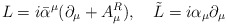
\begin{align*}L = i \bar{\alpha}^{\mu}(\partial_{\mu} + A^R_{\mu}), \quad \tilde{L} = i\alpha_{\mu} \partial_{\mu}\end{align*}